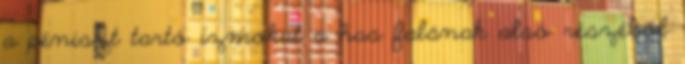
a péniszt tartó izmokat a has falának alsó részéből